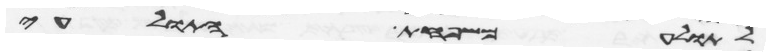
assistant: לתולע משפחת התולעי